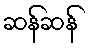
ဆန်ဆန်